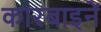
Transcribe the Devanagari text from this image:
कारबाइनें